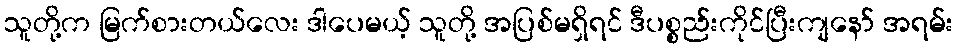
သူတို့က မြက်စားတယ်လေး ဒါပေမယ့် သူတို့ အပြစ်မရှိရင် ဒီပစ္စည်းကိုင်ပြီးကျနော် အရမ်း